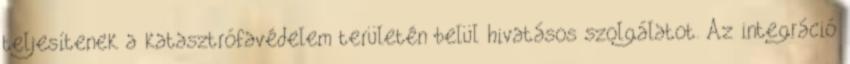
teljesítenek a katasztrófavédelem területén belül hivatásos szolgálatot. Az integráció